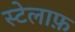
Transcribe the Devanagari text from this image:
स्टेलाफ़